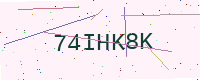
Text: 74IHK8K